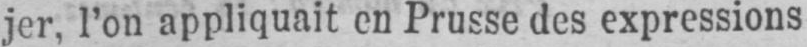
jer, l’on appliquait en Prusse des expressions